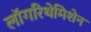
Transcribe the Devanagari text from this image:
लॉगरिथेमिशेन